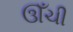
ઊઁચી